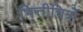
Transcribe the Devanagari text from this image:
भित्तीचित्रों